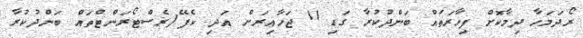
ރޯދަމަހާ ދިމާކޮށް ފިހާރަތައް ބަންދުކުރާ ގަޑި 11 ޖަހާއިރަށް އަދި ކެފޭ/ރެސްޓޯރަންޓްތައް ބަންދުކުރާ